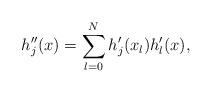
LaTeX: \begin{align*}h_j''(x)=\sum_{l=0}^N h_j'(x_l) h_l'(x),\end{align*}